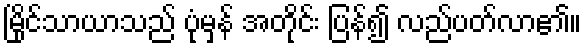
မြိုင်သာယာသည် ပုံမှန် အတိုင်း ပြန်၍ လည်ပတ်လာ၏။